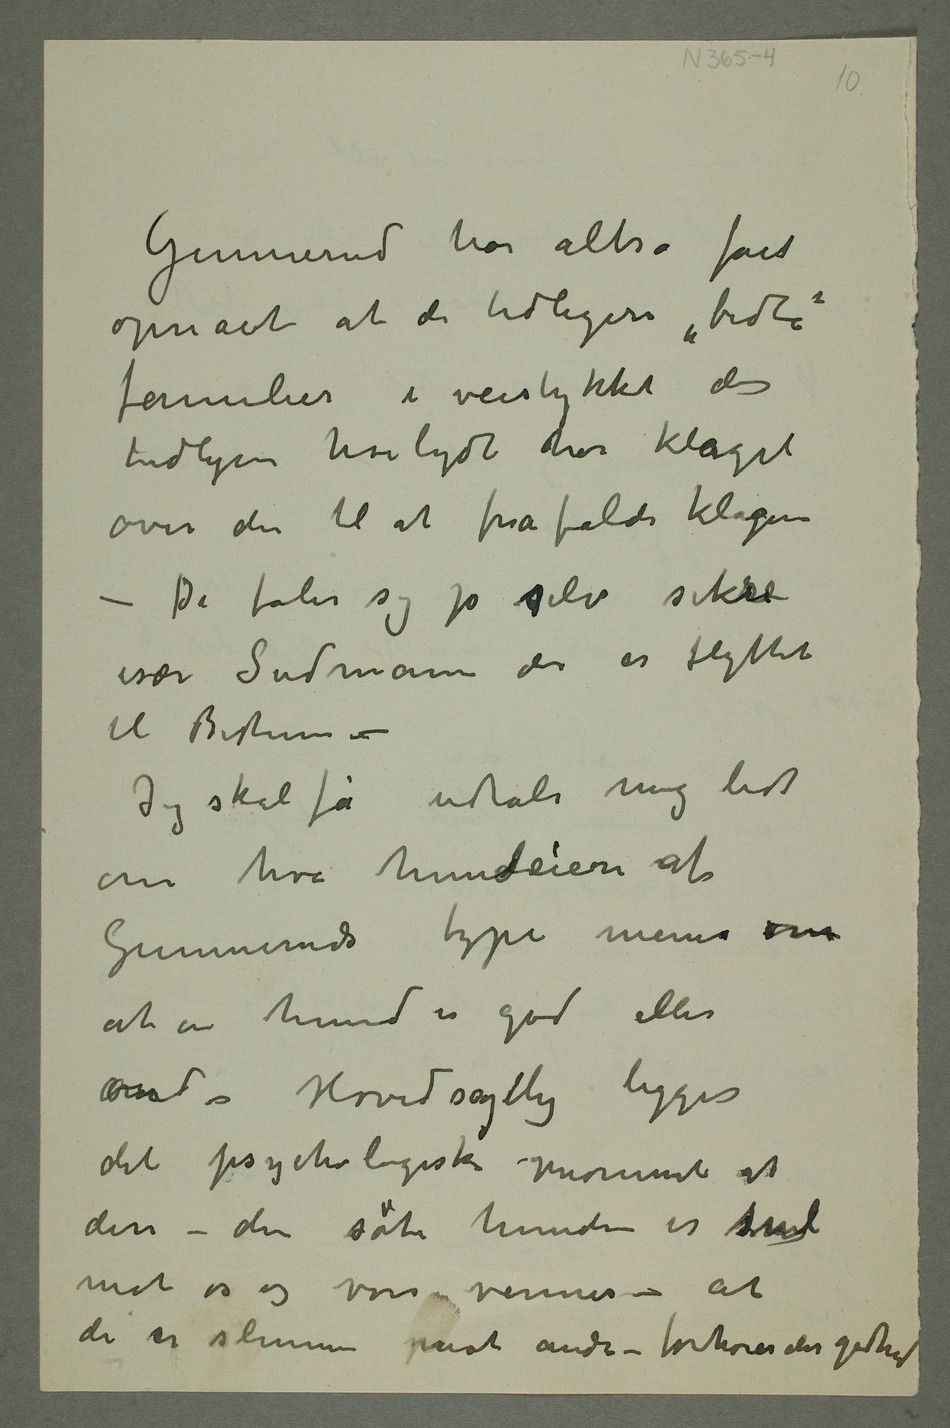
Gunnerud har altså fået
opnået at de tidligere «bidte»
familier i veistykket der
tidligere høilydt har klaget
over den til at frafalde klagene
– De føler sig jo selv sikre
især Sudman der er flyttet
til Bestum –
Jeg skal få udtale mig lidt
om hva hundeeiere af
Gunneruds type mener om
at en hund er god eller
ond – Hovedsaglelig legges
det psychologisk moment at
den – den søte hunden er snil
mot os og vore venner – at
de er slemme mot andre – forhøier dens godhed